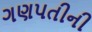
ગણપતીની